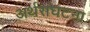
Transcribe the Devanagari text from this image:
अर्थसंघटना